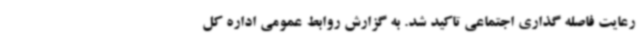
رعایت فاصله گذاری اجتماعی تاکید شد. به گزارش روابط عمومی اداره کل